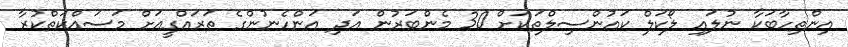
އިންތިހާބަކާ ނުލައި ލޯކަލް ކައުންސިލްތަކަށް 30 މެންބަރުން އަދި އަންހެނުންގެ ތަރައްގީއަށް މަސައްކަތްކުރާ